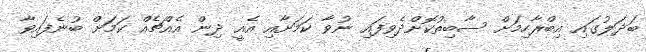
ބަދަލުގައި އިބްރާހިމަށް ސާބިތުކޮށްދެވިފައި ނުވާ ކަމަށާއި އެއީ ދިން އެއްޗެއް ކަމަށް ބުނެފައިވާ